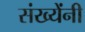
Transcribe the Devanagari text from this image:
संख्येंनी